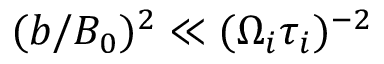
( b / B _ { 0 } ) ^ { 2 } \ll ( \Omega _ { i } \tau _ { i } ) ^ { - 2 }